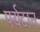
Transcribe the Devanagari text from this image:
पर्यटान